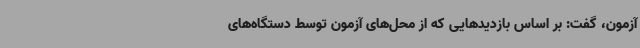
آزمون، گفت: بر اساس بازدیدهایی که از محل‌های آزمون توسط دستگاه‌های